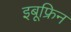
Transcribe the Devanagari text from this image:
इबूफ्रिन